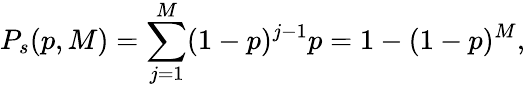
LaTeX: P_{s}(p,M)=\sum_{j=1}^{M}(1-p)^{j-1}p=1-(1-p)^{M},